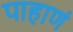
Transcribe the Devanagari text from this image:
पाहाणं